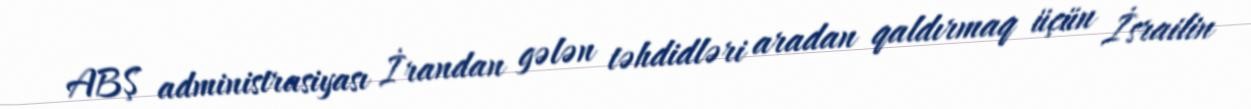
ABŞ administrasiyası İrandan gələn təhdidləri aradan qaldırmaq üçün İsrailin